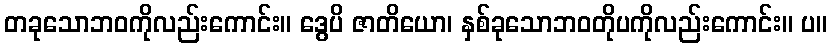
တခုသောဘဝကိုလည်းကောင်း။ ဒွေပိ ဇာတိယော၊ နှစ်ခုသောဘဝတိုပကိုလည်းကောင်း။ ပ။